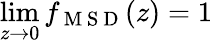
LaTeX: \operatorname*{lim}_{z\to 0}f_{\mathrm{~M~S~D~}}(z)=1